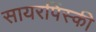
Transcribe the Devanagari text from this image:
सायरपिंस्की